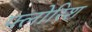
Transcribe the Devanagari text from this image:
फ्लोरिश